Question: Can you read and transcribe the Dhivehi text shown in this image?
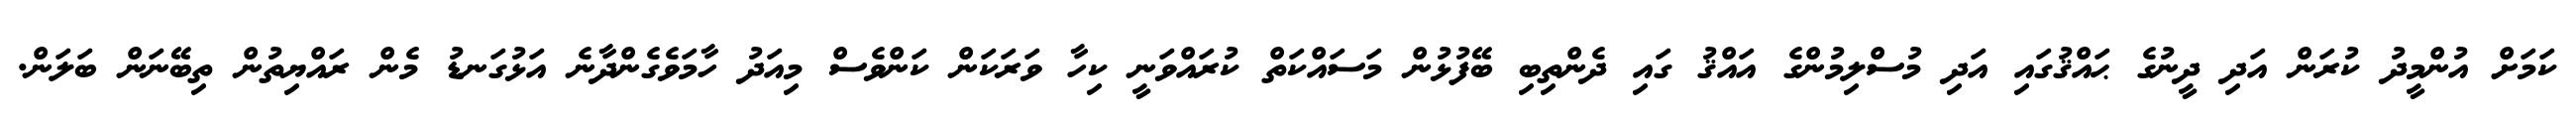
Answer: ކަމަށް އުންމީދު ކުރަން އަދި ދީނުގެ ޙައްޤުގައި އަދި މުސްލިމުންގެ އައްޤު ގައި ދެންތިބި ބޭފުޅުން މަސައްކަތް ކުރައްވަނީ ކިހާ ވަރަކަން ކަންވެސް މިއަދު ހާމަވެގެންދާނެ އަޅުގަނޑު މެން ރައްޔިތުން ތިބޭނަން ބަލަން.